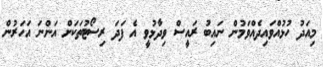
މިއަދު ހުޅުއްވައިދެއްވަމުން ނައިބު ރައީސް ވިދާޅުވީ އެ ފަދަ ރިސޯޓުތަކަށް އަންނަ އަހަރުން